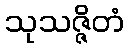
သုသဇ္ဇိတံ